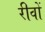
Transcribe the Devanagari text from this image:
रीवों